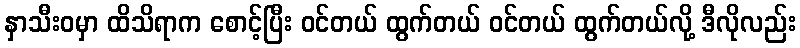
နှာသီးဝမှာ ထိသိရာက စောင့်ပြီး ဝင်တယ် ထွက်တယ် ဝင်တယ် ထွက်တယ်လို့ ဒီလိုလည်း